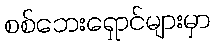
စစ်ဘေးရှောင်များမှာ